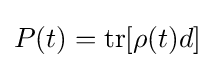
P(t)={\text{tr}}[\rho (t)d]